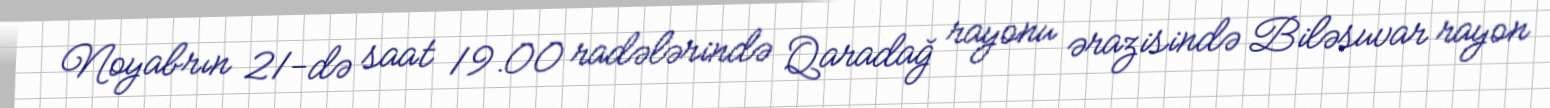
Noyabrın 21-də saat 19.00 radələrində Qaradağ rayonu ərazisində Biləsuvar rayon